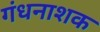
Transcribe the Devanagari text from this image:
गंधनाशक